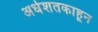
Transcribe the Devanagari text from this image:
अर्धशतकाहून